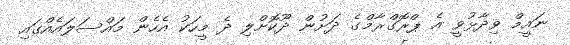
ނައީމް ވިދާޅުވީ އެ ޕްރޮގްރާމްގެ ދަށުން ދޫކޮށްލި ދެ މީހަކު އެހެން މައްސަލައެއްގައި